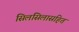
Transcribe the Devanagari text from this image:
सिलसिलासहित